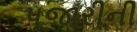
પૂજારીની